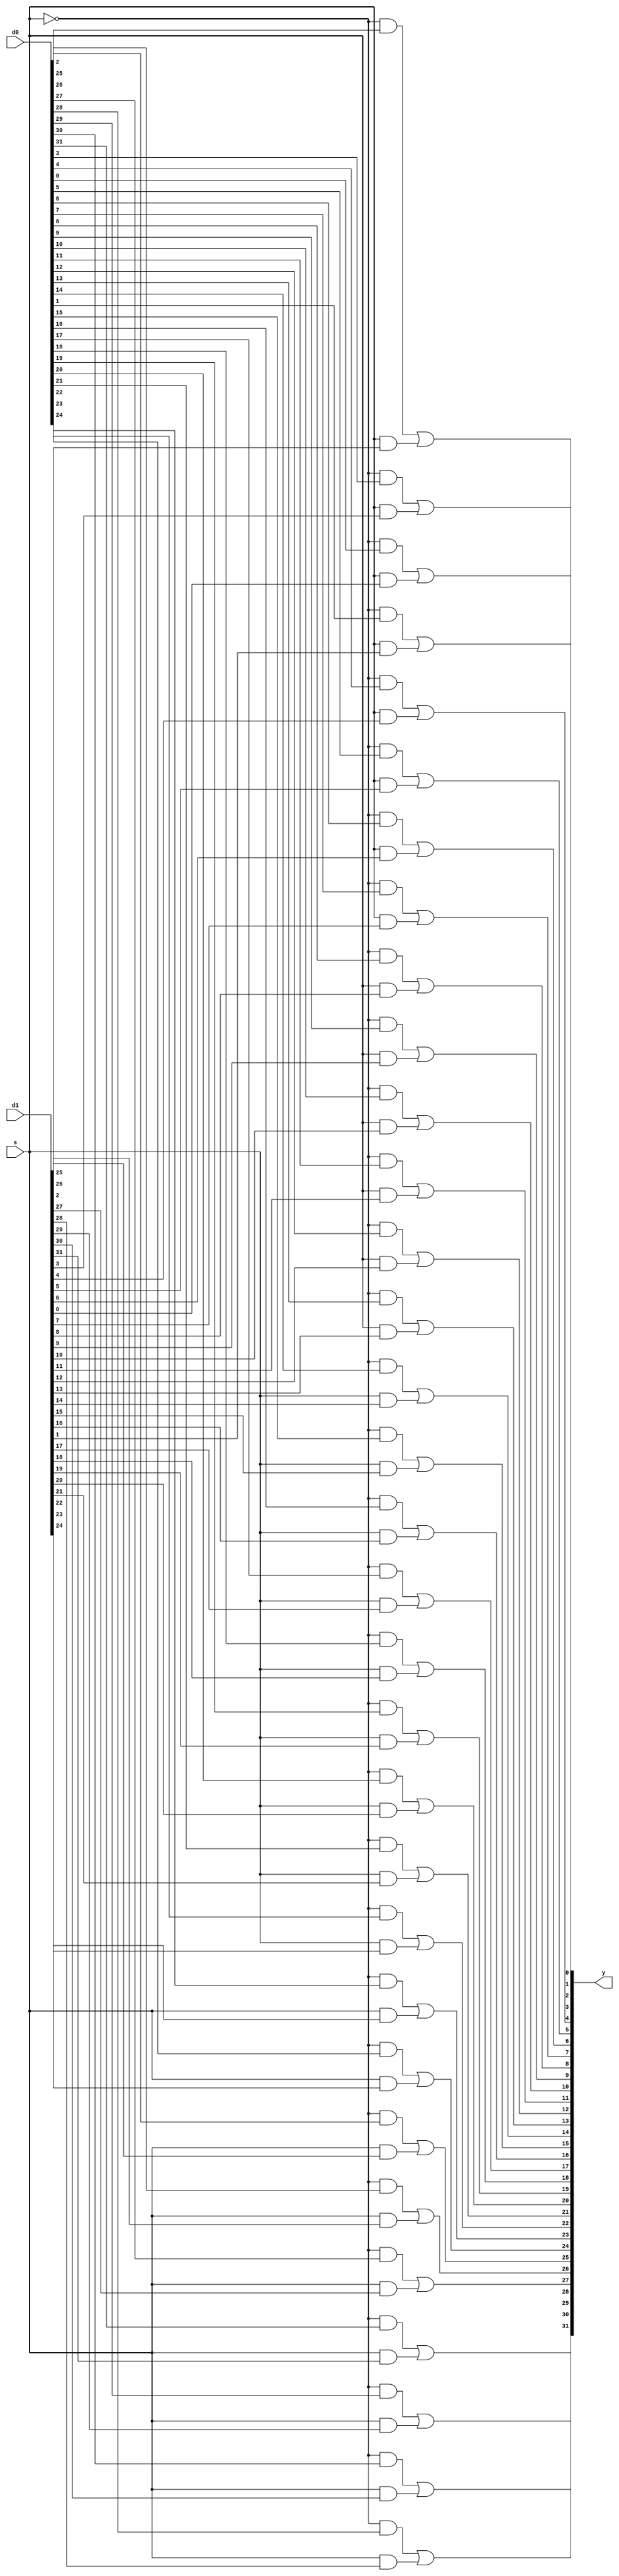

`timescale 1ns/1ns

module mux2(d0, d1, s, y);
parameter n = 32;
input [n-1:0] d0, d1;
input s;
output [n-1:0] y;

genvar i;
generate
for (i=0; i<n; i=i+1) begin: addbit
assign y[i] = ~s & d0[i] | s & d1[i];
end
endgenerate

endmodule